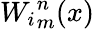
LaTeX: {W_{i}}_{m}^{n}(x)